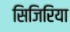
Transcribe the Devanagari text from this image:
सिजिरिया